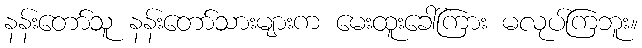
နန်းတော်သူ နန်းတော်သားများက မေးထူးခေါ်ကြား မလုပ်ကြဘူး။